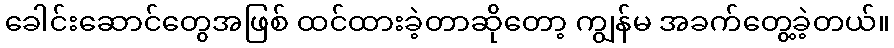
ခေါင်းဆောင်တွေအဖြစ် ထင်ထားခဲ့တာဆိုတော့ ကျွန်မ အခက်တွေ့ခဲ့တယ်။